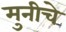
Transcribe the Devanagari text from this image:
मुनीचे